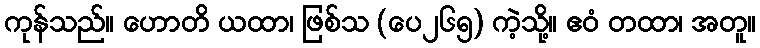
ကုန်သည်။ ဟောတိ ယထာ၊ ဖြစ်သ (ပေ၂၆၅) ကဲ့သို့။ ဧဝံ တထာ၊ အတူ။